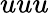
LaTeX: uuu